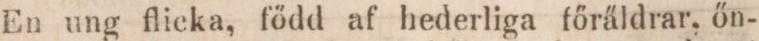
En ung flicka, född af hederliga főräldrar, őn-